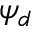
\psi _ { d }